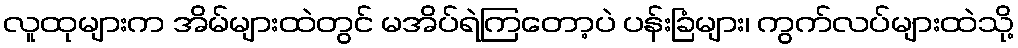
လူထုများက အိမ်များထဲတွင် မအိပ်ရဲကြတော့ပဲ ပန်းခြံများ၊ ကွက်လပ်များထဲသို့